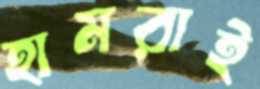
হামরাই